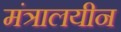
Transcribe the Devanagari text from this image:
मंत्रालयीन